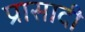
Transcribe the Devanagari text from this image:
प्रासादी